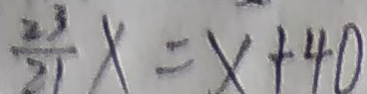
\frac { 2 3 } { 2 1 } x = x + 4 0